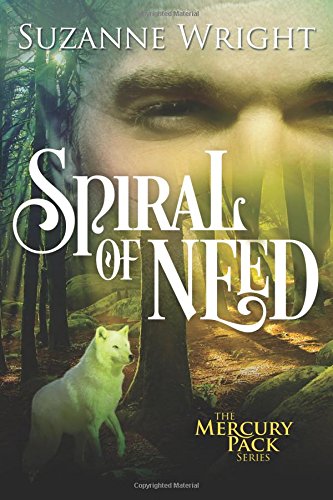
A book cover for Spiral of Need (Mercury Pack); Suzanne Wright; Romance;